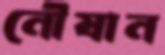
নৌযান